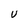
Character: U